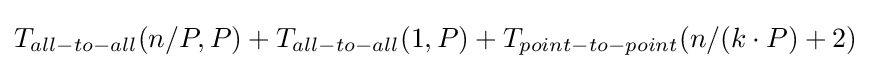
T_{all-to-all}(n/P,P)+T_{all-to-all}(1,P)+T_{point-to-point}(n/(k\cdot {P})+2)